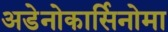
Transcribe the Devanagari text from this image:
अडेनोकार्सिनोमा